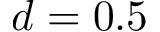
d = 0 . 5